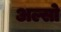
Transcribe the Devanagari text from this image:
अल्सो